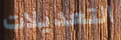
التعديلات